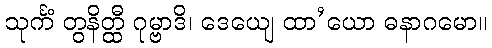
သုင်္ကံ တွနိတ္ထီ ဂုမ္ဗာဒိ၊ ဒေယျေ ထာ’ယော ဓနာဂမော။